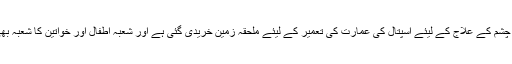
وزیر اعلی کو یہ بھی بتایا گیا کہ امراض چشم کے علاج کے لیئے اسپتال کی عمارت کی تعمیر کے لیئے ملحقہ زمین خریدی گئی ہے اور شعبہ اطفال اور خواتین کا شعبہ بھی اس نئی عمارت میں منتقل کیا جائے گا۔